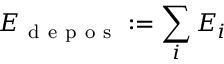
E _ { \mathrm { ~ d ~ e ~ p ~ o ~ s ~ } } : = \sum _ { i } E _ { i }